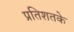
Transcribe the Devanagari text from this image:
प्रतिशतके